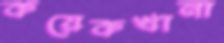
কয়েকখানা